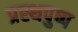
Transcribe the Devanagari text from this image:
प्रस्थपुष्प